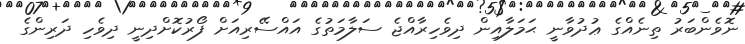
ނޮވެންބަރު ތިނެއްގެ ޢުދުވާނީ ޙަމަލާއިން ދިވެހިރާއްޖެ ސަލާމަތުގެ އައްސޭރިއަށް ފޯރުކޮށްދިނީ ދިވެހި ދަރިންގެ